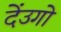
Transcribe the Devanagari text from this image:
देंउगो